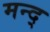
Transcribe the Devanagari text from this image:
मन्द्